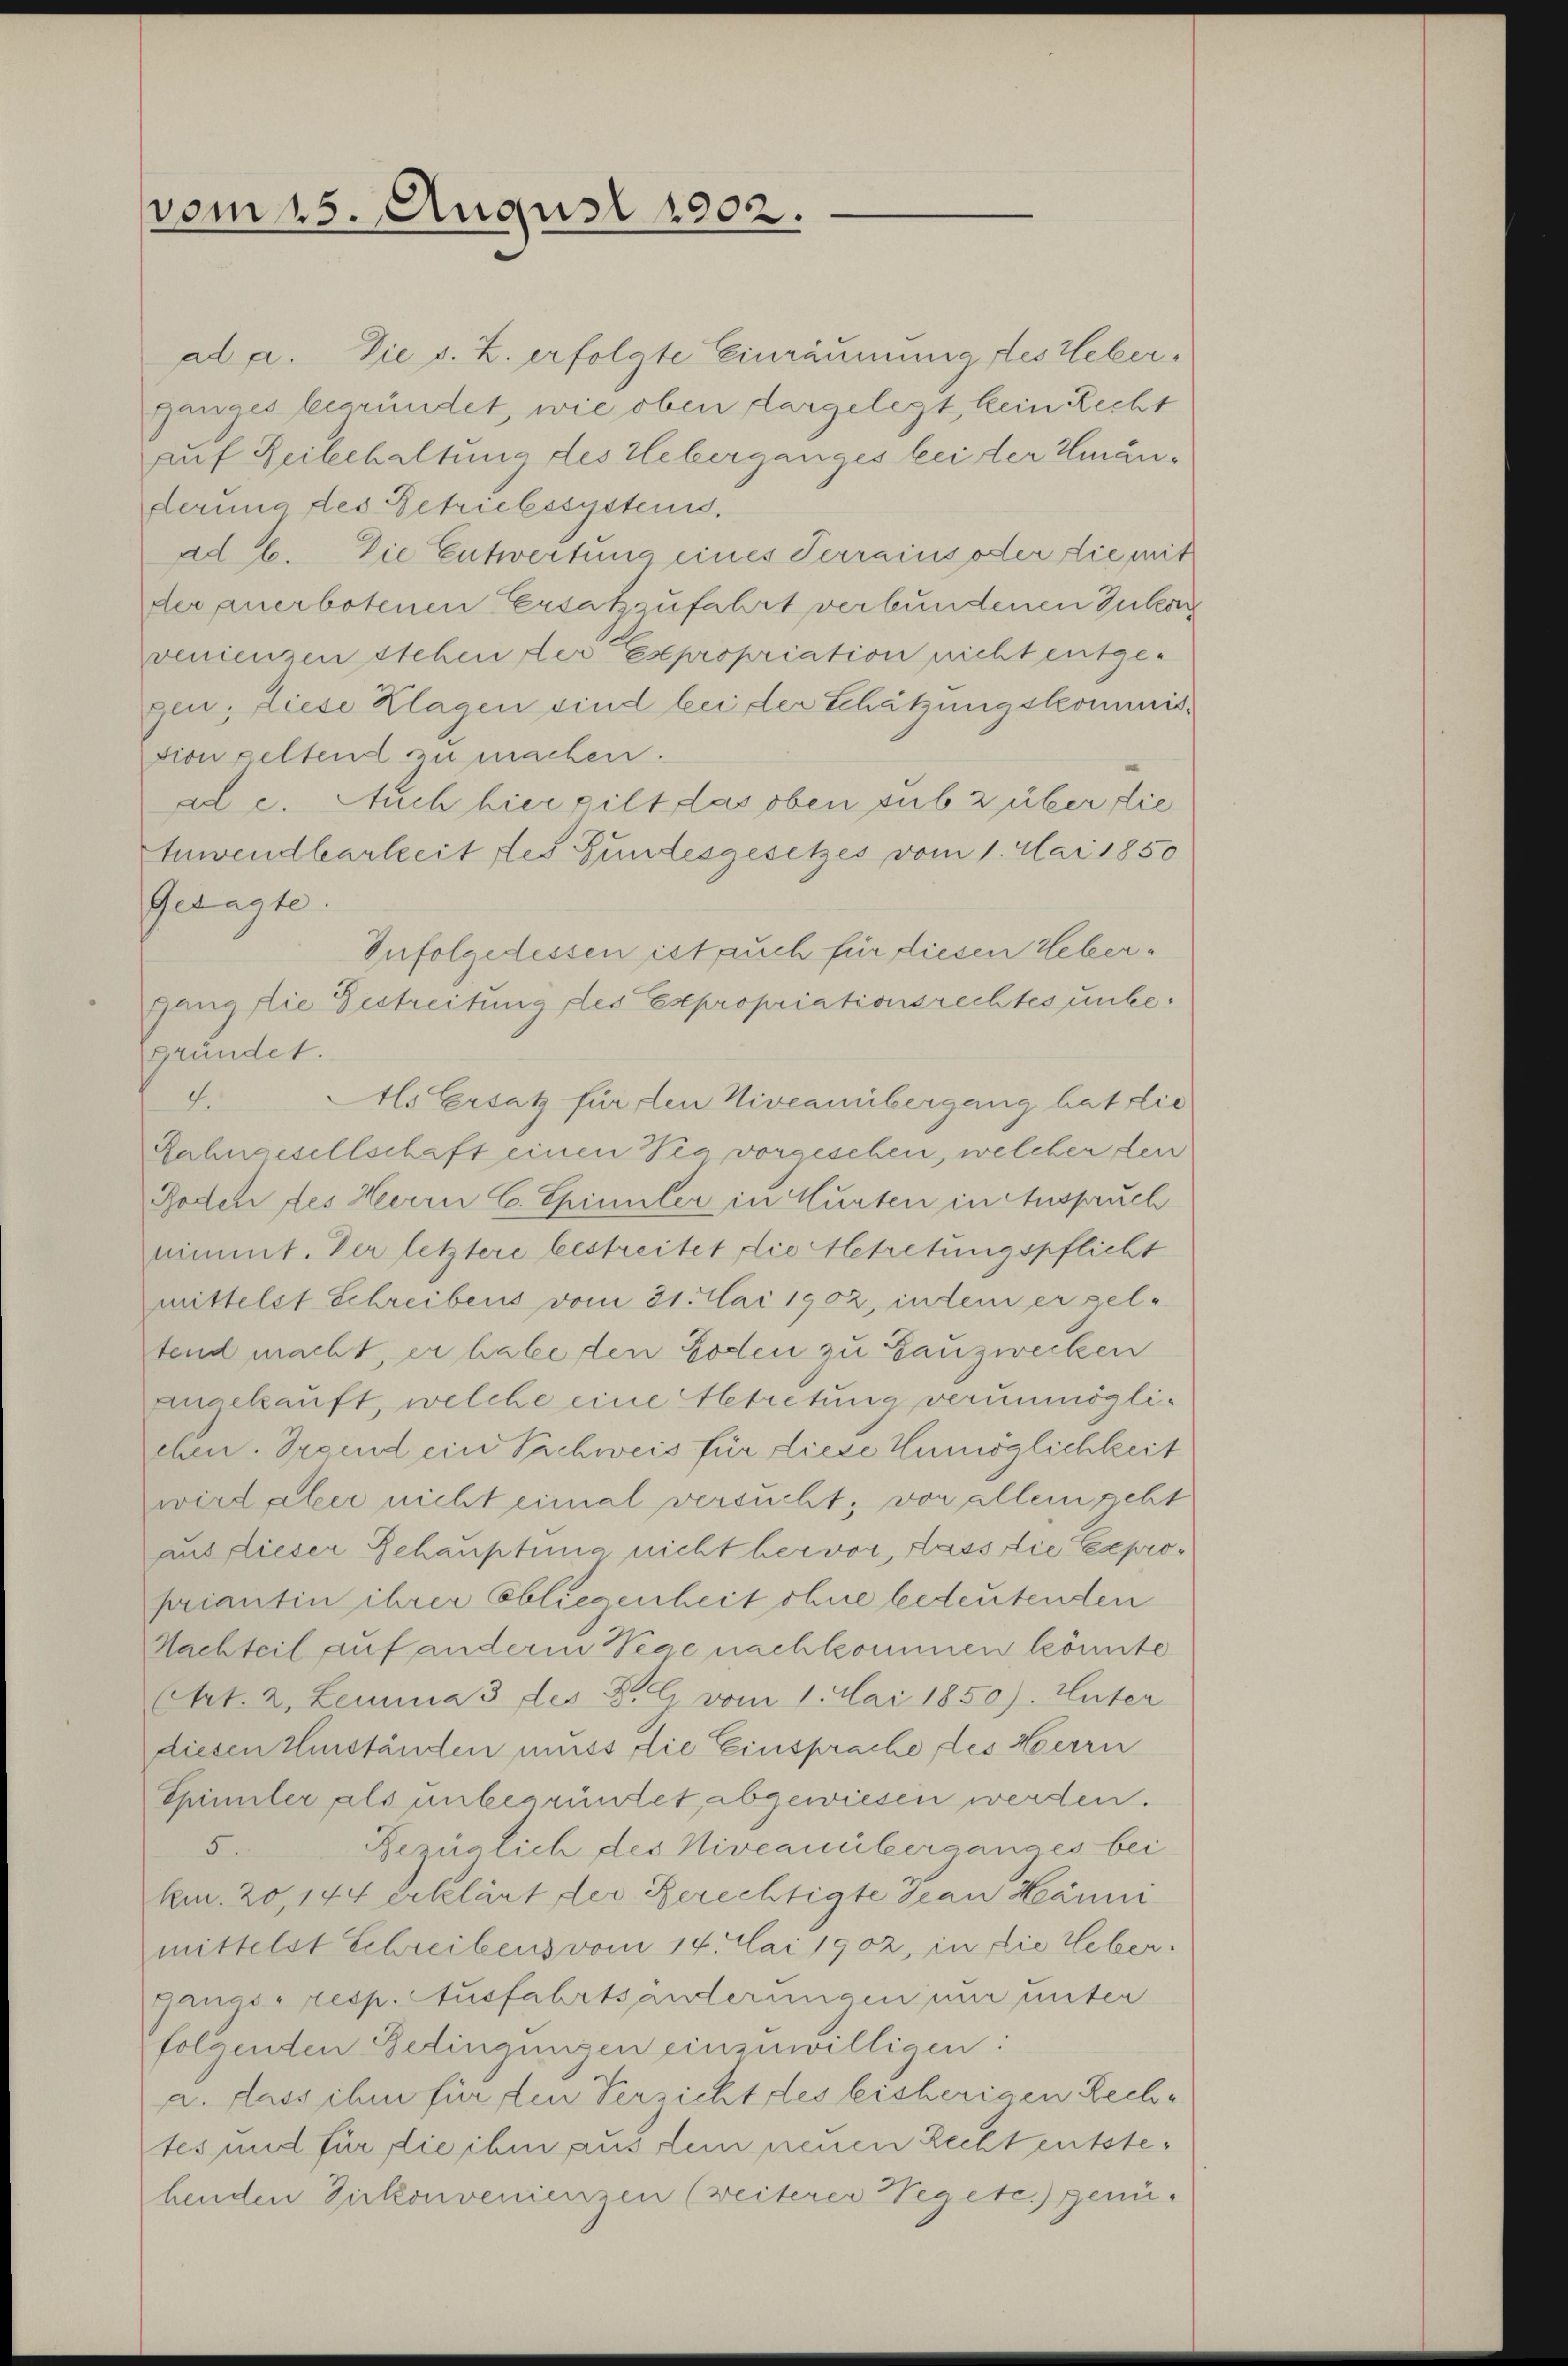
ad a. Die s. Z. erfolgte Einräumung des Weberganges begründet, wie oben dargelegt, kein Recht
auf Reibehaltung des Ueberganges bei der Umänderung des Betriebssystems.
ad b. Die Entwertung eines Perrains oder die mit
der anerbotenen Ersatzzufahrt verbundenen Zukun
venienzen stehen der Expropriation nicht entgegen: Liese Klagen sind bei der Schätzungskommission geltend zu machen.
ad e. Auch hier gilt das oben sub 2 über die
tuwendbarkeit des Bundesgesetzes vom 1. Mai 1850
Getagte.
gang die Bestreitung des Expropriationsrechtes unbegründet.
Als Ersatz für den Niveauübergang hat die
4.
Lahngesellschaft einen Via vorgesehen, welcher den
Roden des Herrn C. Spinnler in Hurten in Anspruch
nimmt. Der letztere bestreitet, die betretungspflicht
mittelst Schreibens vom 31. Mai 1902, indem er geltend macht, er habe den Boden zu Gauzwecken
angekauft, welche eine betretung verunmöglisehen. Segend ein Sachweis für diese Unmöglichkeit
wird aber nicht eimal versucht; von allem geht
aus dieser Gehauptung nicht hervor, dass die Expropriantin ihrer Obliegenheit ohne bedeutenden
Nachteil auf anderm Vege nachkommen könnte
(Art. 2, Lemma 3 des B. G. vom 1. Mai 1850). Unter
diesen Umständen muss die Einsprache des Herrn
Spinnler als unbegründet, abgewiesen werden.
Bezüglich des Niveauüberganges bei
5.
km. 20, 144 erklärt der Berechtigte Seen Hänni
mittelst Schreibens vom 14. Mai 1902, in die Leber¬
Ganas, resp. Ausfahrtsänderungen nur unter
folgenden Gedingungen einzuwilligen:
a. dass ihm für den Versicht des bisherigen Rechtes und für die ihm aus dem neuen Recht entstebenden Zirkonvenienzen (weiterer Vegetc.) genü¬

vom 15. August 1902.

Infolgedessen ist auch für diesen Ueber¬